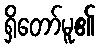
ရှိတော်မူ၏